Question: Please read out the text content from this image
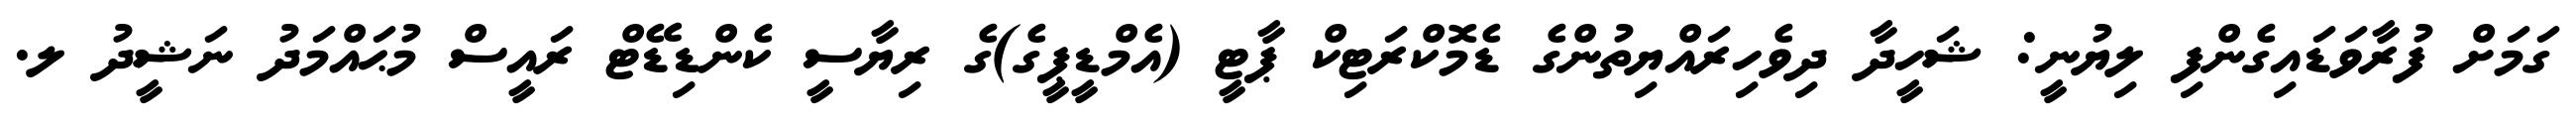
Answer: ގަމަށް ފުރާވަޑައިގެންފި ލިޔުނީ: ޝަހީދާ ދިވެހިރައްޔިތުންގެ ޑެމޮކްރަޓިކް ޕާޓީ (އެމްޑީޕީގެ)ގެ ރިޔާސީ ކެންޑިޑޭޓް ރައީސް މުޙައްމަދު ނަޝީދު ލ.